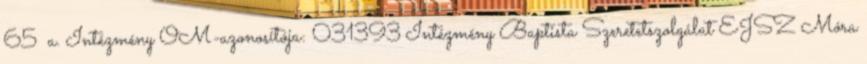
65 a. Intézmény OM-azonosítója: 031393 Intézmény Baptista Szeretetszolgálat EJSZ Móra